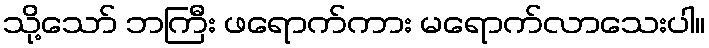
သို့သော် ဘကြီး ဖရောက်ကား မရောက်လာသေးပါ။